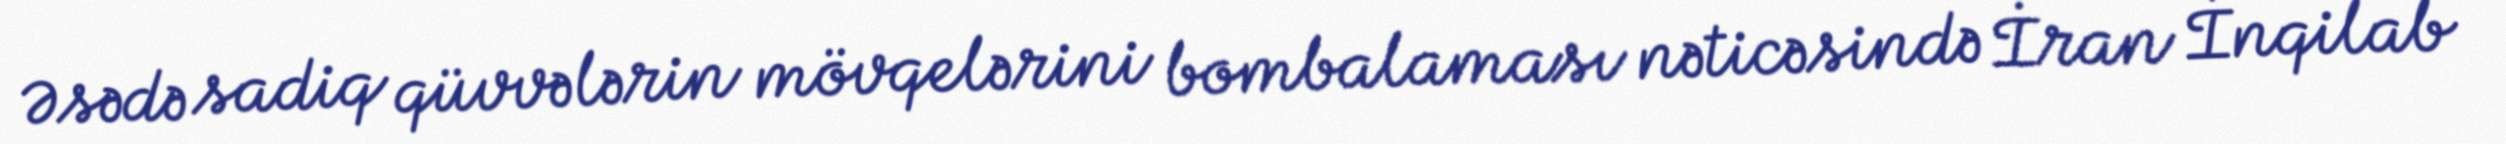
Əsədə sadiq qüvvələrin mövqelərini bombalaması nəticəsində İran İnqilab